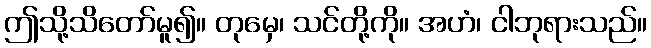
ဤသို့သိတော်မူ၍။ တုမှေ၊ သင်တို့ကို။ အဟံ၊ ငါဘုရားသည်။